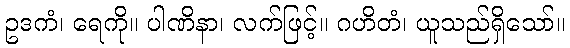
ဥဒကံ၊ ရေကို။ ပါဏိနာ၊ လက်ဖြင့်။ ဂဟိတံ၊ ယူသည်ရှိသော်။